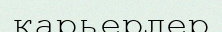
карьерлер